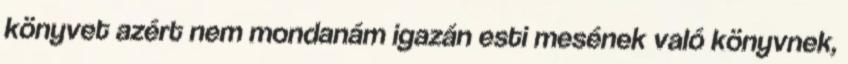
könyvet azért nem mondanám igazán esti mesének való könyvnek,